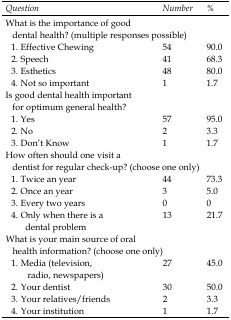
| Question | Number | % |
 | --- | --- | --- |
 | <COLSPAN=3> What is the importance of good dental health? (multiple responses possible) |
 | 1. Effective Chewing | 54 | 90.0 |
 | 2. Speech | 41 | 68.3 |
 | 3. Esthetics | 48 | 80.0 |
 | 4. Not so important | 1 | 1.7 |
 | <COLSPAN=3> Is good dental health important for optimum general health? |
 | 1. Yes | 57 | 95.0 |
 | 2. No | 2 | 3.3 |
 | 3. Don’t Know | 1 | 1.7 |
 | <COLSPAN=3> How often should one visit a dentist for regular check-up? (choose one only) |
 | 1. Twice an year | 44 | 73.3 |
 | 2. Once an year | 3 | 5.0 |
 | 3. Every two years | 0 | 0 |
 | 4. Only when there is a dental problem | 13 | 21.7 |
 | <COLSPAN=3> What is your main source of oral health information? (choose one only) |
 | 1. Media (television, radio, newspapers) | 27 | 45.0 |
 | 2. Your dentist | 30 | 50.0 |
 | 3. Your relatives/friends | 2 | 3.3 |
 | 4. Your institution | 1 | 1.7 |